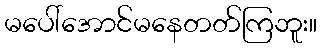
မပေါ်အောင်မနေတတ်ကြဘူး။